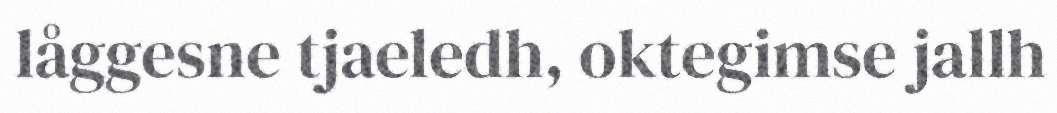
låggesne tjaeledh, oktegimse jallh